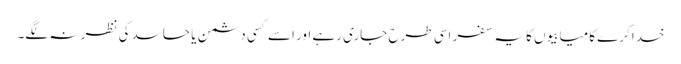
خدا کرے کامیابیوں کا یہ سفر اسی طرح جاری رہے اور اسے کسی دشمن یا حاسد کی نظر نہ لگے۔